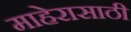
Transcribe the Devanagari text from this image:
माहेरासाठी